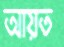
আয়ত